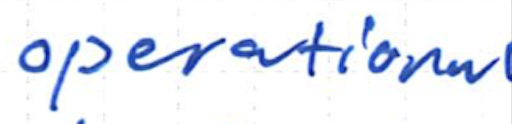
Text: operational
Cross-out: clean
Writing tool: ballpoint